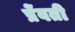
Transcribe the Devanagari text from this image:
प्रेंवती